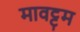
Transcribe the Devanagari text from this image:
मावट्टम